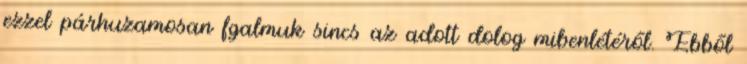
ezzel párhuzamosan fgalmuk sincs az adott dolog mibenlétéről. Ebből